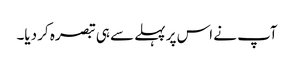
آپ نے اس پر پہلے سے ہی تبصرہ کر دیا۔